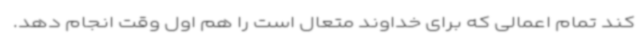
کند تمام اعمالی که برای خداوند متعال است را هم اول وقت انجام دهد.